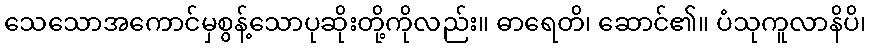
သေသောအကောင်မှစွန့်သောပုဆိုးတို့ကိုလည်း။ ဓာရေတိ၊ ဆောင်၏။ ပံသုကူလာနိပိ၊